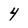
Character: 4